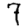
Digit: 7